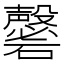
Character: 𥗚